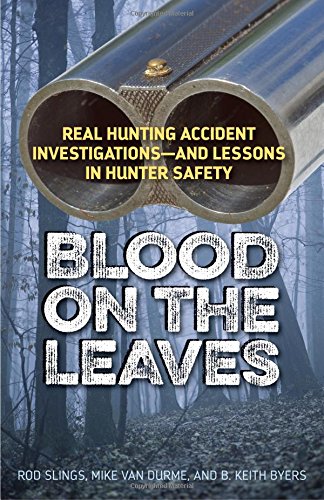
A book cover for Blood on the Leaves: Real Hunting Accident InvestigationsAnd Lessons in Hunter Safety; LLC Hunting and Shooting Related Consultants; Sports & Outdoors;